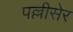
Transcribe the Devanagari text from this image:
पल्लीसेर